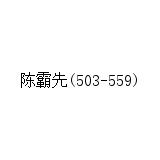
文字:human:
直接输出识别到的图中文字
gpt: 陈霸先(503-559)